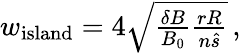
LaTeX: \begin{array}{r}{w_{\mathrm{island}}=4\sqrt{\frac{\delta B}{B_{0}}\frac{rR}{n\hat{s}}}\, ,}\end{array}